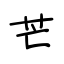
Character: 芒